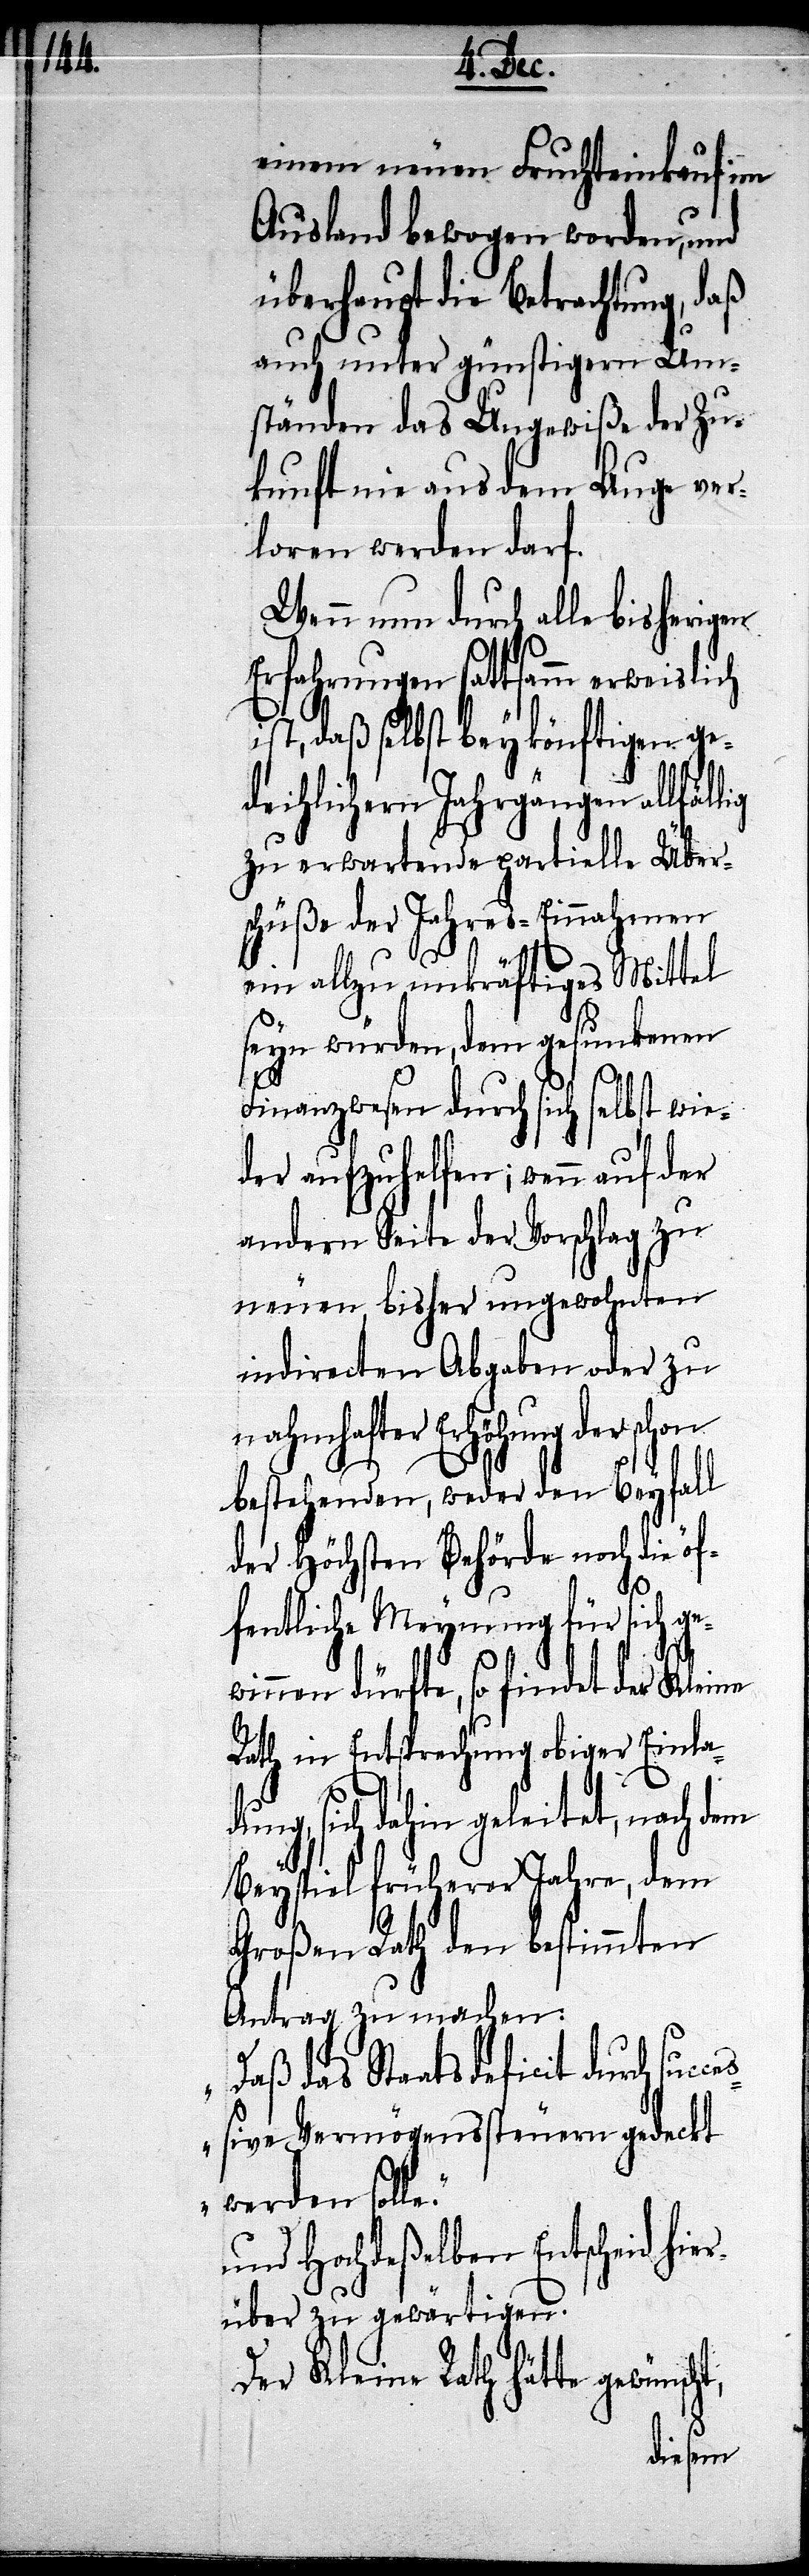
einem neuen Fruchteinkauf im
Ausland bewogen worden, und
überhaupt die Betrachtung, daß
auch unter günstigen Um¬
ständen das Ungewiße der Zu¬
kunft nie aus dem Auge ver¬
loren werden darf.
Wenn nun durch alle bisherigen
Erfahrungen sattsamm erweislich
ist, daß selbst bey könftige ge¬
deihlichern Jahrgängen allfäl¬
zu erwartende partielle Über¬
schüße der Jahres-Einnahmen
ein allzu unkräftiges Mittel
seyn würden, dem gesunkenen
Finanzwesen durch sich selbst wie¬
der aufzuhelfen; wenn auf der
andern Seite der Vorschlag zu
neuen bisher ungewohnten
indirecten Abgaben oder zu
nahmhafter Erhöhung der schon
bestehenden, weder den Beyfall
der Höchsten Behörde noch die öf¬
fentliche Meynung für sich g¬
ewinnen dürfte, so findet der Kleine
Rath in Entsprechung obiger Einlad¬
ung, sich dahin geleitet, nach dem
Beyspiel früherer Jahre, dem
Großen Rath den bestimmten
Antrag zu machen:
„Daß das Staatdeficit durch suc¬
t,
ceßive Vermögenssteuern gedeckt
werden solle.“
und Hochdeßelben Entscheid hi¬
erüber zu gewärtigen.
Der Kleine Rath hätte gewünsch¬